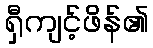
ရှီကျင့်ဖိန်၏